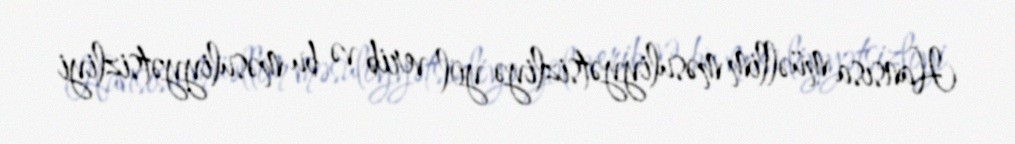
Hansısa müəllim məsuliyyətsizliyə yol verib və bu məsuliyyətsizliyi